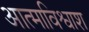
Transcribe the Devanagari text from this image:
आत्माविश्वाश